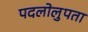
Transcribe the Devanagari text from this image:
पदलोलुपता